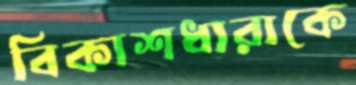
বিকাশধারাকে